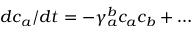
d c _ { a } / d t = - \gamma _ { a } ^ { b } c _ { a } c _ { b } + \ldots